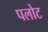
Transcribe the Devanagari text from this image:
पलोट